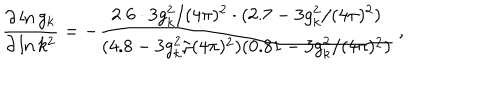
LaTeX: \frac { \partial \ln g _ { k } } { \partial \ln k ^ { 2 } } = - \frac { 2 . 6 \cdot 3 g _ { k } ^ { 2 } / ( 4 \pi ) ^ { 2 } \cdot ( 2 . 7 - 3 g _ { k } ^ { 2 } / ( 4 \pi ) ^ { 2 } ) } { ( 4 . 8 - 3 g _ { k } ^ { 2 } / ( 4 \pi ) ^ { 2 } ) ( 0 . 8 1 - 3 g _ { k } ^ { 2 } / ( 4 \pi ) ^ { 2 } ) } \: ,